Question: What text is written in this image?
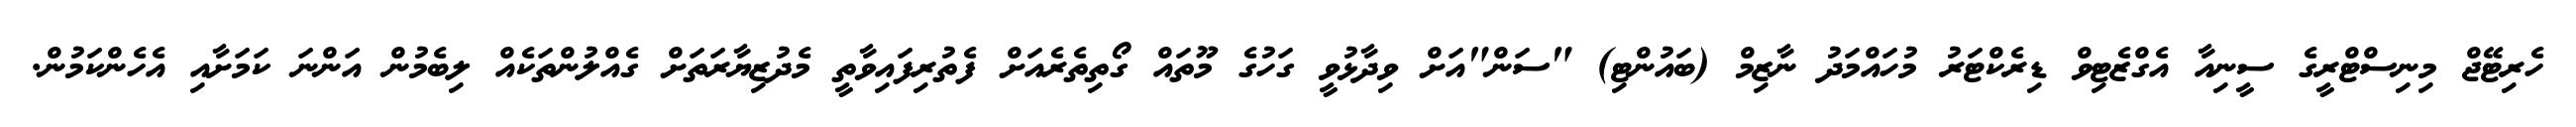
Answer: ހެރިޓޭޖް މިނިސްޓްރީގެ ސީނިއާ އެގްޒެޓިވް ޑިރެކްޓަރު މުހައްމަދު ނާޒިމް (ބައުންޓި) "ސަން"އަށް ވިދާޅުވީ ގަހުގެ މޫތައް ގޯތިތެރެއަށް ފެތުރިފައިވާތީ މެދުޒިޔާރަތަށް ގެއްލުންތަކެއް ލިބެމުން އަންނަ ކަމަށާއި އެހެންކަމުން.